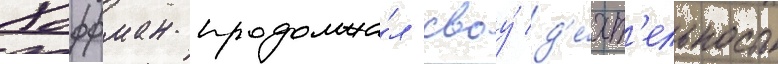
Хоффман продолжа́л своу́ д'е́ят'ельность